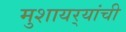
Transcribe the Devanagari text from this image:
मुशायर्‍यांची